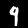
Digit: 9